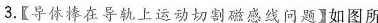
3.【导体棒在导轨上运动切割磁感线问题】如图所